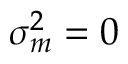
\sigma _ { m } ^ { 2 } = 0